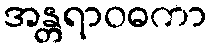
အန္တရာဝဓကာ